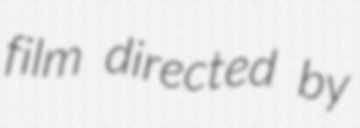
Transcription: film directed by